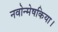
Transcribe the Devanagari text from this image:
नवोन्मेषकिया।